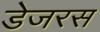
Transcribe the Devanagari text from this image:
डेजरस